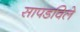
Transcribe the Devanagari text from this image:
सापडविले